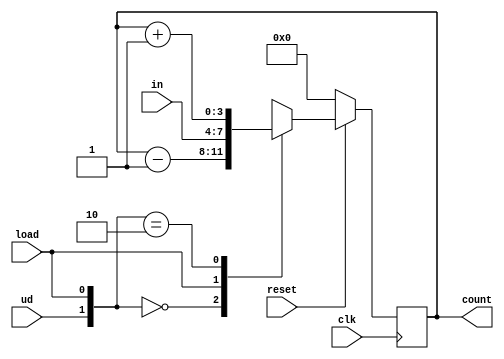
module updowncountload(clk,reset,ud,load,in,count);
    input [3:0]in;
    input ud;
    input clk,reset,load;
    output reg [3:0]count;
   always@(posedge clk)
   begin
   if(!reset)
   count<=0;
   else
   begin
       casex({ud,load})
           2'b00:count<=count-1;
           2'bx1:count<=in;
           2'b10:count<=count+1;
   endcase
   end
   end
   endmodule